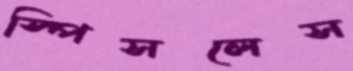
স্পিসলেস